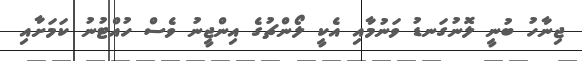
ޖިނާހު ބުނީ ލޮނުގަނޑު ވަނުމާއި އެކީ ލޯންޗުގެ އިންޖީނު ވެސް ހުއްޓުނު ކަމަށާއި